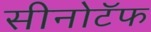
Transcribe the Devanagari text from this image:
सीनोटॅफ